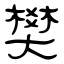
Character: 樊